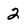
Character: 2